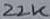
Text: 22K